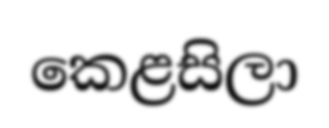
කෙළසිලා